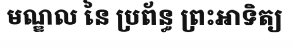
មណ្ឌល នៃ ប្រព័ន្ធ ព្រះអាទិត្យ